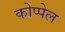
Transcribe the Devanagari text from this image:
कोप्पेल